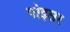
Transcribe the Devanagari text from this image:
पोइसर